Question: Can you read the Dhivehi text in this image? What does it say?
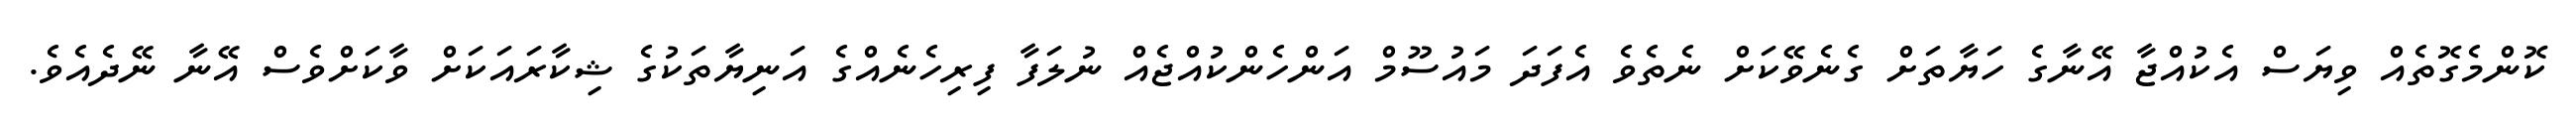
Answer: ކޮންމެގޮތެއް ވިޔަސް އެކުއްޖާ އޭނާގެ ހަޔާތަށް ގެނެވޭކަށް ނެތެވެ އެފަދަ މައުސޫމް އަންހެންކުއްޖެއް ނުލަފާ ފިރިހެނެއްގެ އަނިޔާތަކުގެ ޝިކާރައަކަށް ވާކަށްވެސް އޭނާ ނޭދެއެވެ.